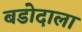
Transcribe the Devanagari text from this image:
बडोदाला